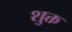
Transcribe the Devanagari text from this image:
शुक्त